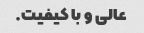
عالی و با کیفیت.